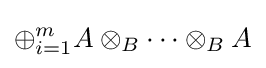
\oplus _{i=1}^{m}A\otimes _{B}\cdots \otimes _{B}A